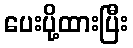
ပေးပို့ထားပြီး